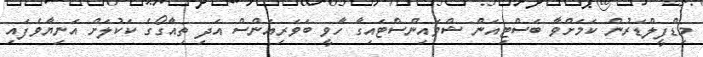
މިޑްފީލްޑަރުން ކަމަށްވާ ބަސްޓިއަން ޝްވައިންސްޓައިގާ ހާވީ ބަވަރިއަންސް އަދި ތިއާގޯގެ ކަކުލަށް އަނިޔާވެފައި